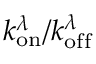
k _ { \mathrm { o n } } ^ { \lambda } / k _ { \mathrm { o f f } } ^ { \lambda }